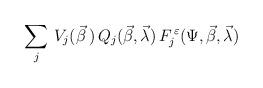
LaTeX: \begin{align*}\sum_{j}\,V_{j}(\vec\beta\,)\,Q_{j}(\vec\beta,\vec\lambda)\,F_{j}^{\,\varepsilon}(\Psi,\vec\beta,\vec\lambda)\end{align*}